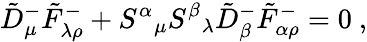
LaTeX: \tilde{D}_{\mu}^{-}\tilde{F}_{\lambda\rho}^{-}+S^{\alpha}{}_{\mu}S^{\beta}{}_{\lambda}\tilde{D}_{\beta}^{-}\tilde{F}_{\alpha\rho}^{-}=0~,